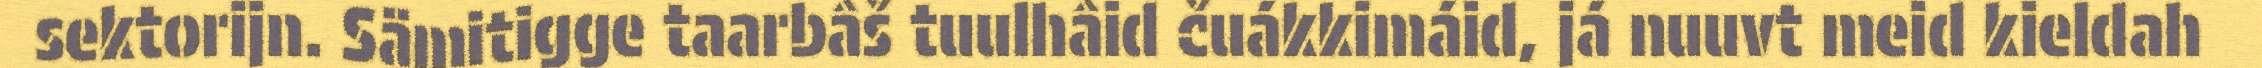
sektorijn. Sämitigge taarbâš tuulhâid čuákkimáid, já nuuvt meid kieldah